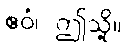
ဧဝံ၊ ဤသို့။